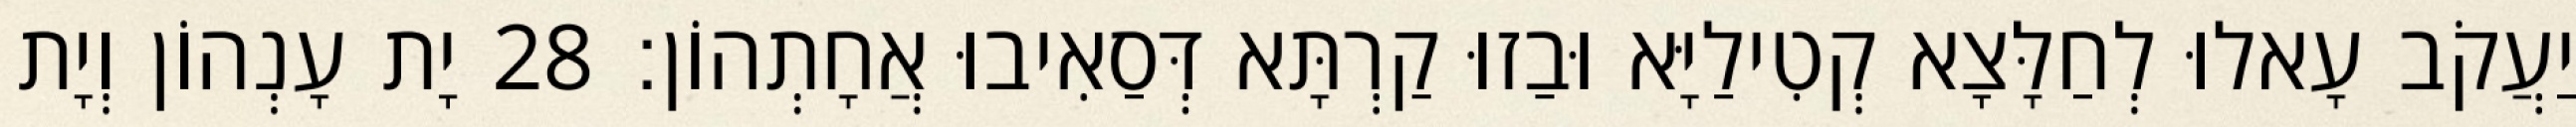
יַעֲקֹב עָאלוּ לְחַלָּצָא קְטִילַיָּא וּבַזוּ קַרְתָּא דְּסַאִיבוּ אֲחָתְהוֹן׃ 28 יָת עָנְהוֹן וְיָת